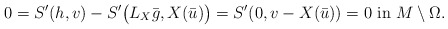
\begin{align*}0 = S'( h , v) - S'\big (L_X \bar g, X(\bar u)\big ) = S'(0, v - X(\bar u))=0 \mbox{ in } M\setminus \Omega.\end{align*}